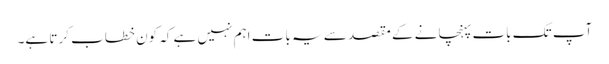
آپ تک بات پہنچانے کے مقصد سے یہ بات اہم نہیں ہے کہ کون خطاب کرتا ہے۔